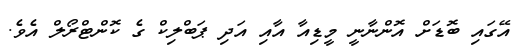
އޭގައި ބޮޑަށް އޮންނާނީ މީޑިއާ އާއި އަދި ޕަބްލިކް ގެ ކޮންޓްރޯލް އެވެ.